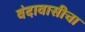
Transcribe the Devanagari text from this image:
वंदावासीचा